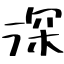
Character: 深